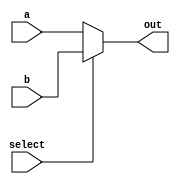
`timescale 1ns / 1ps
//////////////////////////////////////////////////////////////////////////////////
/*
Assignment No - 7
Semester - Autumn 2018
Group - 3
Members:
  G Rahul KrantiKiran - 16CS10018
  Sai Saketh Aluru - 16CS30030
*/
//////////////////////////////////////////////////////////////////////////////////

// A very basic MUX 5 bit inputs
module Mux_5b_2x1(input wire [4:0] a, input wire [4:0] b, input wire select, output reg[4:0] out);
	always @(*)
		begin 
			if(select)
				out = b;
			else out = a;
		end
endmodule